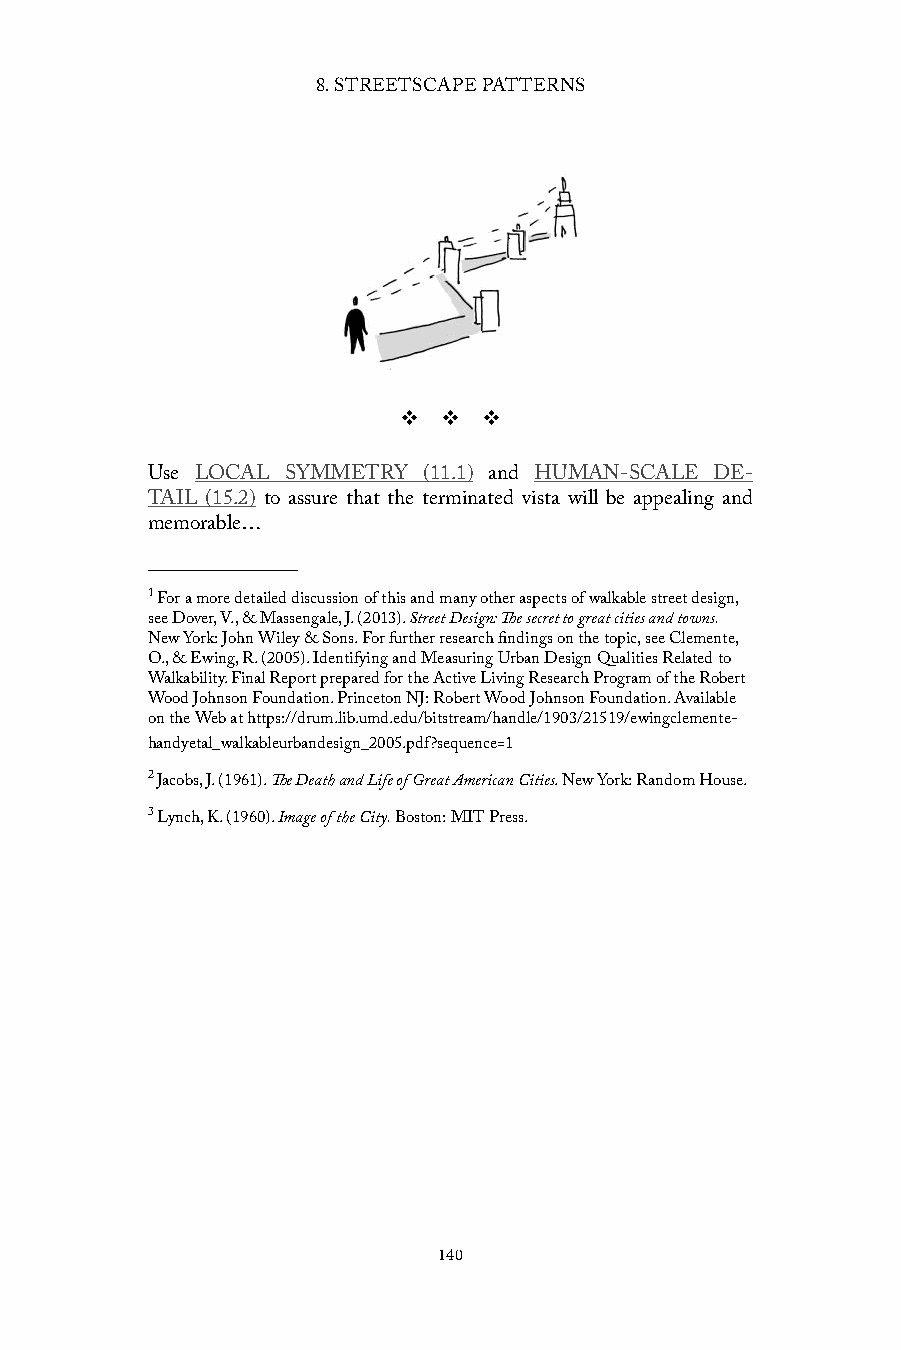
8. STREETSCAPE PATTERNS
 v  v  v
 Use LOCAL SYMMETRY (11.1) and HUMAN-SCALE DE-
 TAIL (15.2) to assure that the terminated vista will be appealing and
 memorable…
 1 For a more detailed discussion of this and many other aspects of walkable street design,
 see Dover, V., & Massengale, J. (2013). Street Design: The secret to great cities and towns.
 New York: John Wiley & Sons. For further research findings on the topic, see Clemente,
 O., & Ewing, R. (2005). Identifying and Measuring Urban Design Qualities Related to
 Walkability. Final Report prepared for the Active Living Research Program of the Robert
 Wood Johnson Foundation. Princeton NJ: Robert Wood Johnson Foundation. Available
 on the Web at https://drum.lib.umd.edu/bitstream/handle/1903/21519/ewingclemente-
 handyetal_walkableurbandesign_2005.pdf?sequence=1
 2 Jacobs, J. (1961). The Death and Life of Great American Cities. New York: Random House.
 3 Lynch, K. (1960). Image of the City. Boston: MIT Press.
 140